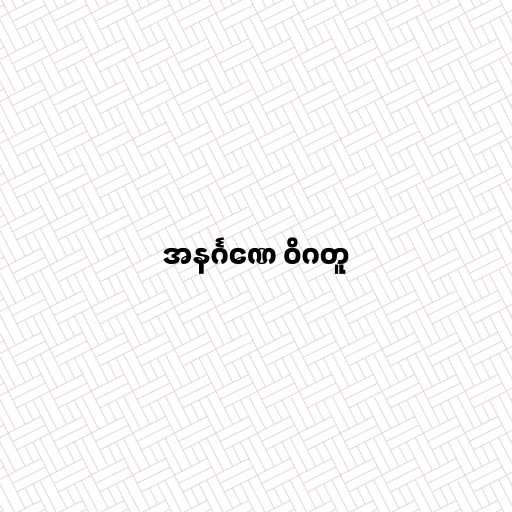
အနင်္ဂဏေ ဝိဂတူ